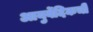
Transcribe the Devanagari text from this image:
आयुर्वेदिकची